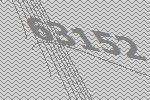
63152